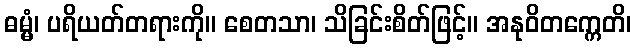
ဓမ္မံ၊ ပရိယတ်တရားကို။ စေတသာ၊ သိခြင်းစိတ်ဖြင့်။ အနုဝိတက္ကေတိ၊